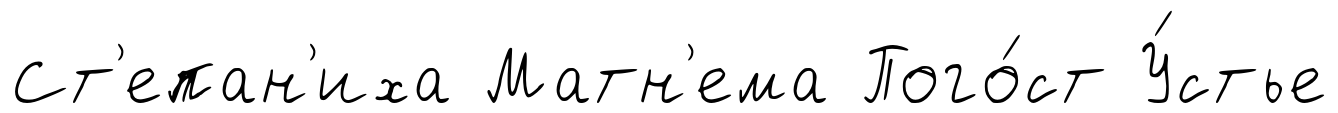
Ст'епан'иха Матн'ема Пого́ст У́стье